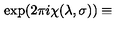
\exp ( 2 \pi i \chi ( \lambda , \sigma ) ) \equiv